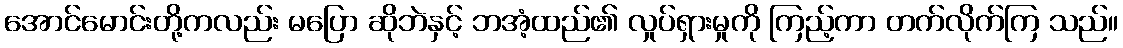
အောင်မောင်းတို့ကလည်း မပြော ဆိုဘဲနှင့် ဘအံ့ထည်၏ လှုပ်ရှားမှုကို ကြည့်ကာ တက်လိုက်ကြ သည်။